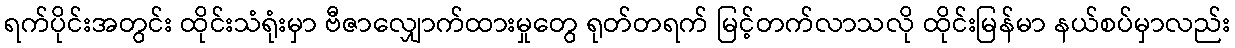
ရက်ပိုင်းအတွင်း ထိုင်းသံရုံးမှာ ဗီဇာလျှောက်ထားမှုတွေ ရုတ်တရက် မြင့်တက်လာသလို ထိုင်းမြန်မာ နယ်စပ်မှာလည်း